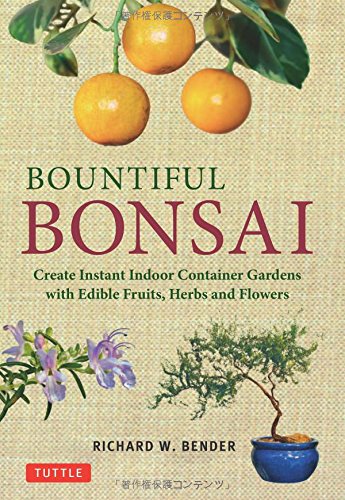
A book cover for Bountiful Bonsai: Create Instant Indoor Container Gardens with Edible Fruits, Herbs and Flowers; Richard W. Bender; Crafts, Hobbies & Home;